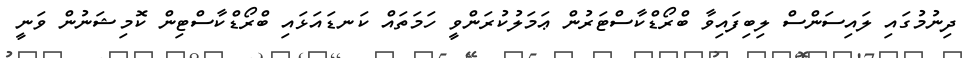
ދިނުމުގައި ލައިސަންސް ލިބިފައިވާ ބްރޯޑްކާސްޓަރުން ޢަމަލުކުރަންވީ ހަމަތައް ކަނޑައަޅައި ބްރޯޑްކާސްޓިން ކޮމިޝަނުން ވަނީ